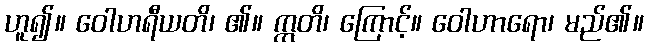
ဟူ၍။ ဝေါဟရီယတိ၊ ၏။ ဣတိ၊ ကြောင့်။ ဝေါဟာရော၊ မည်၏။